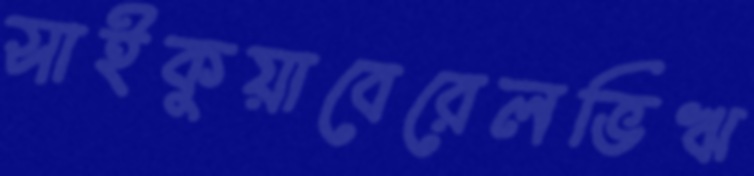
সাইকুয়াবেরেলভিঋ